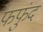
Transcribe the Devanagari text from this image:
फफुंद